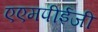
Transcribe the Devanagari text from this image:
एएमपीईजी